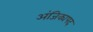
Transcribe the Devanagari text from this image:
अंजिक्यपद